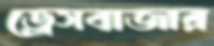
ড্রেসবাজার